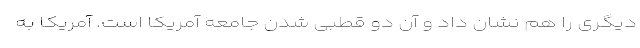
دیگری را هم نشان داد و آن دو قطبی شدن جامعه آمریکا است. آمریکا به